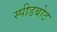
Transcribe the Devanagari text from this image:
स्‍पीडबोट